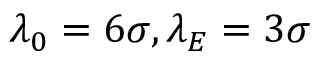
\lambda _ { 0 } = 6 \sigma , \lambda _ { E } = 3 \sigma